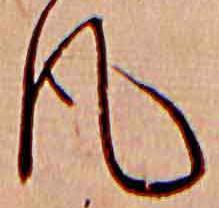
風